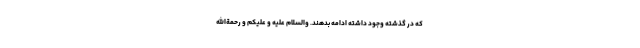
که در گذشته وجود داشته ادامه بدهند. والسّلام علیه و علیکم و رحمةالله